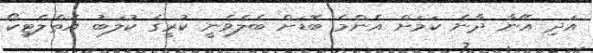
އަދި އޭނާ ދާނެ ކަމަށް އެންމެ ބޮޑަށް ބެލެވެނީ ކުރީގެ ކުލަބު އެތްލެޓިކޯ